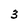
Character: 3